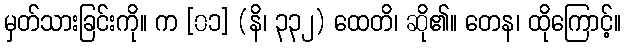
မှတ်သားခြင်းကို။ က [၀၁] (နိ၊ ၃၃၂) ထေတိ၊ ဆို၏။ တေန၊ ထိုကြောင့်။